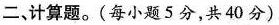
二，计算题。(每小题5分，共40分)